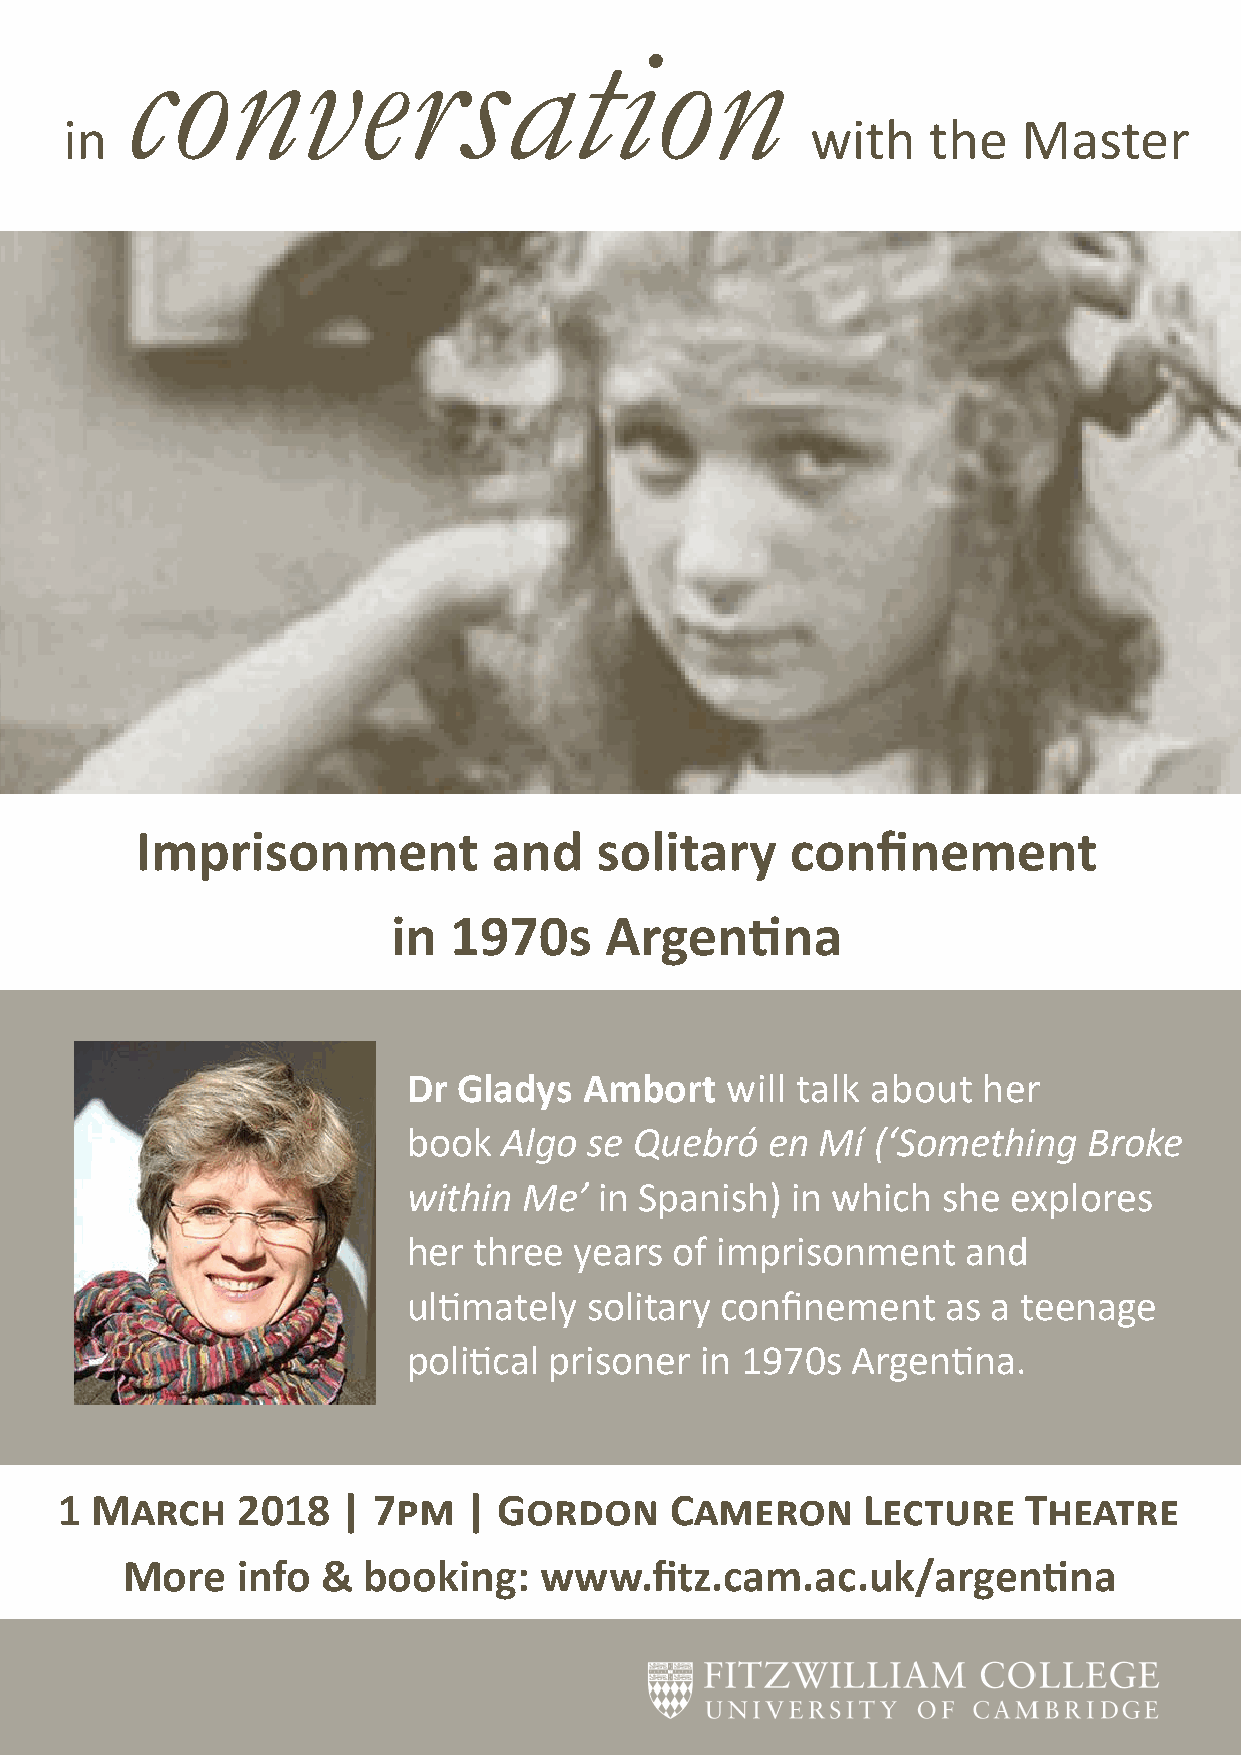
conversation
 in                                                with   the    Master
 Imprisonment            and   solitary     confinement
 in  1970s     Argentina
 Dr Gladys   Ambort   will talk about  her
 book  Algo  se Quebró   en Mí  (‘Something   Broke
 within  Me’  in Spanish) in which  she  explores
 her three  years  of imprisonment    and
 ultimately  solitary confinement    as a teenage
 political prisoner in 1970s  Argentina.
 1 March     2018   | 7pm   | Gordon     Cameron      Lecture    Theatre
 More    info &  booking:    www.fitz.cam.ac.uk/argentina